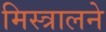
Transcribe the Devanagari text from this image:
मिस्त्रालने